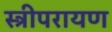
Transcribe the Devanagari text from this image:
स्त्रीपरायण